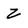
Character: Z